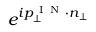
e ^ { i p _ { \perp } ^ { \mathrm { ~ I ~ N ~ } } \cdot n _ { \perp } }